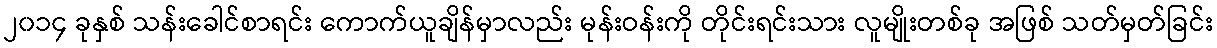
၂၀၁၄ ခုနှစ် သန်းခေါင်စာရင်း ကောက်ယူချိန်မှာလည်း မုန်းဝန်းကို တိုင်းရင်းသား လူမျိုးတစ်ခု အဖြစ် သတ်မှတ်ခြင်း